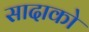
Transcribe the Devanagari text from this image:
सादाको